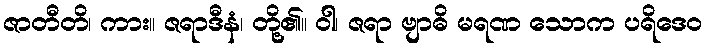
ဇာတီတိ၊ ကား။ ဇရာဒီနံ၊ တို့၏။ ဝါ၊ ဇရာ ဗျာဓိ မရဏ သောက ပရိဒေဝ